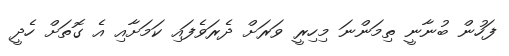
ފަހުން ބުނާނީ ތިމަންނަ މިހިރީ ވަރަށް ދެރަވެފައި ކަމަށާއި އެ ގޮތަށް ހެދީ